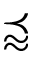
\precapprox